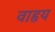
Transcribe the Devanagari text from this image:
वाहृय